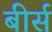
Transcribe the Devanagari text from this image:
बीर्स